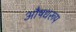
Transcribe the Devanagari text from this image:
औषधरूप